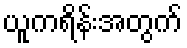
ယူကရိန်းအတွက်